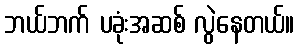
ဘယ်ဘက် ပခုံးအဆစ် လွဲနေတယ်။